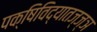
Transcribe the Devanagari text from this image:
पक्षिविद्यातज्‍ज्ञ